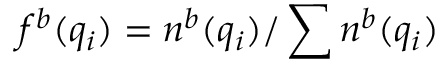
f ^ { b } ( q _ { i } ) = n ^ { b } ( q _ { i } ) / \sum n ^ { b } ( q _ { i } )